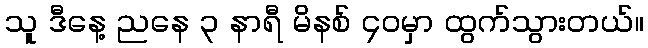
သူ ဒီနေ့ ညနေ ၃ နာရီ မိနစ် ၄၀မှာ ထွက်သွားတယ်။